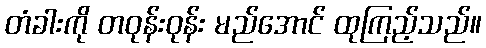
တံခါးကို တဝုန်းဝုန်း မည်အောင် ထုကြည့်သည်။